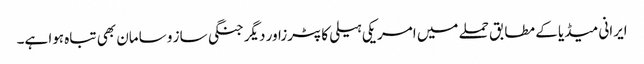
ایرانی میڈیا کے مطابق حملے میں امریکی ہیلی کاپٹرزاور دیگر جنگی ساز و سامان بھی تباہ ہوا ہے۔